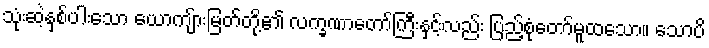
သုံးဆဲ့နှစ်ပါးသော ယောကျ်ားမြတ်တို့၏ လက္ခဏာတော်ကြီးနှင့်လည်း ပြည့်စုံတော်မူထသော။ သောပိ